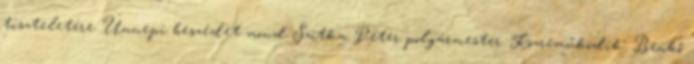
tiszteletére. Ünnepi beszédet mond Szitka Péter polgármester. Közreműködik: Benkő